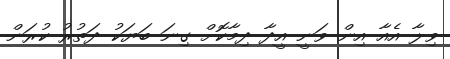
ވިލާ އެއާ އިން ވަނީ އީދާ ދިމާކޮށް ގިނަ ބަޔަކު ދަތުރު ކުރަން